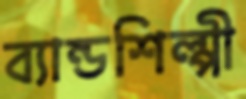
ব্যান্ডশিল্পী